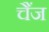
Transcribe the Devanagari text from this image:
चैंज